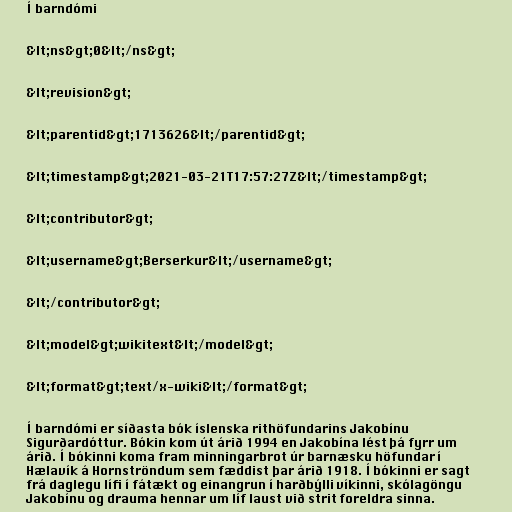
Í barndómi

&lt;ns&gt;0&lt;/ns&gt;

&lt;revision&gt;

&lt;parentid&gt;1713626&lt;/parentid&gt;

&lt;timestamp&gt;2021-03-21T17:57:27Z&lt;/timestamp&gt;

&lt;contributor&gt;

&lt;username&gt;Berserkur&lt;/username&gt;

&lt;/contributor&gt;

&lt;model&gt;wikitext&lt;/model&gt;

&lt;format&gt;text/x-wiki&lt;/format&gt;

Í barndómi er síðasta bók íslenska rithöfundarins Jakobínu
Sigurðardóttur. Bókin kom út árið 1994 en Jakobína lést þá fyrr um
árið. Í bókinni koma fram minningarbrot úr barnæsku höfundar í
Hælavík á Hornströndum sem fæddist þar árið 1918. Í bókinni er sagt
frá daglegu lífi í fátækt og einangrun í harðbýlli víkinni, skólagöngu
Jakobínu og drauma hennar um líf laust við strit foreldra sinna.